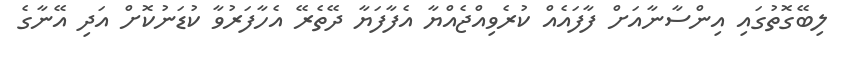
ލިބޭގޮތުގައި އިންސާނާއަށް ފާފައެއް ކުރެވިއްޖެއްޔާ އެފާފަޔާ ދޭތެރޭ އެހާފަރުވާ ކުޑަނުކޮށް އަދި އޭނާގެ